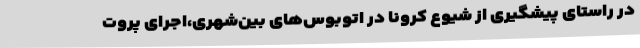
در راستای پیشگیری از شیوع کرونا در اتوبوس‌های بین‌شهری،اجرای پروت